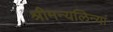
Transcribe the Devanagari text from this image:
श्रीमन्यलिन्यां